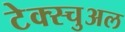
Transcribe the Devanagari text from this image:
टेक्स्चुअल